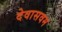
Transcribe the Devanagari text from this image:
देवासवम